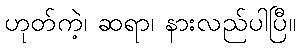
ဟုတ်ကဲ့၊ ဆရာ၊ နားလည်ပါပြီ။